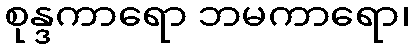
စုန္ဒကာရော ဘမကာရော၊